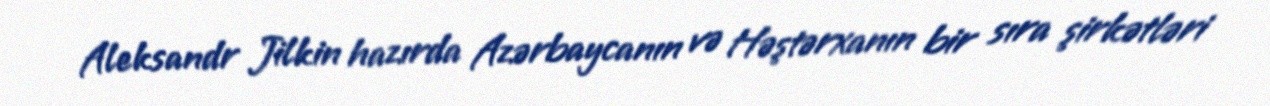
Aleksandr Jilkin hazırda Azərbaycanın və Həştərxanın bir sıra şirkətləri